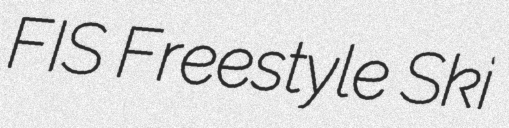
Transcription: FIS Freestyle Ski